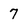
Character: 7